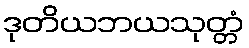
ဒုတိယဘယသုတ္တံ